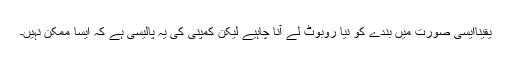
یقیناًایسی صورت میں بندے کو نیا روبوٹ لے آنا چاہیے لیکن کمپنی کی یہ پالیسی ہے کہ ایسا ممکن نہیں۔